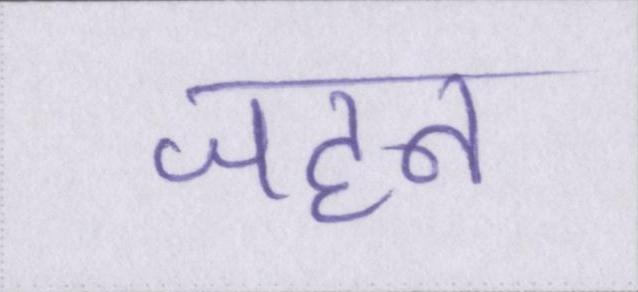
जहन